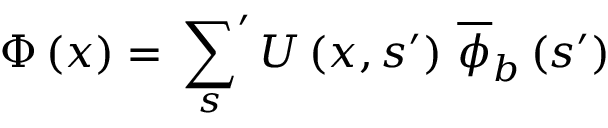
\begin{array} { r } { \Phi \left( x \right) = \displaystyle \sideset { } { ' } \sum _ { s } U \left( x , s ^ { \prime } \right) \, \overline { { \phi } } _ { b } \left( s ^ { \prime } \right) } \end{array}